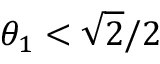
\theta _ { 1 } < \sqrt { 2 } / 2